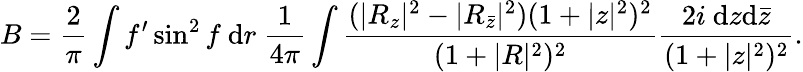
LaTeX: B=\frac{2}{\pi}\int f^{\prime}\sin^{2}f~\mathrm{d}r~\frac{1}{4\pi}\int\frac{(|R_{z}|^{2}-|R_{{\bar{z}}}|^{2})(1+|z|^{2})^{2}}{(1+|R|^{2})^{2}}\frac{2i~\mathrm{d}z\mathrm{d}{\bar{z}}}{(1+|z|^{2})^{2}}.